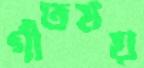
গীতময়